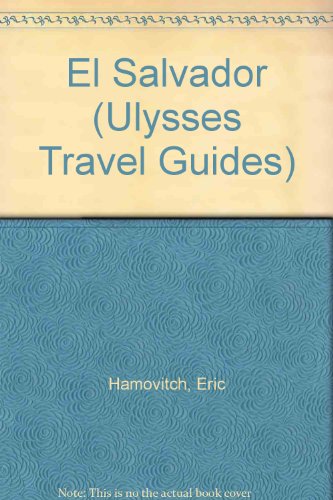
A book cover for El Salvador (Ulysses Travel Guide ); Eric Hamovitch; Travel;